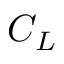
{ { C } _ { L } }